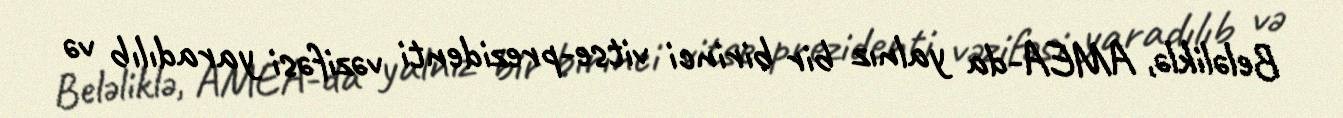
Beləliklə, AMEA-da yalnız bir birinci vitse-prezidenti vəzifəsi yaradılıb və